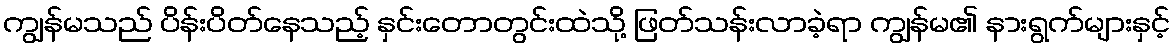
ကျွန်မသည် ပိန်းပိတ်နေသည့် နှင်းတောတွင်းထဲသို့ ဖြတ်သန်းလာခဲ့ရာ ကျွန်မ၏ နားရွက်များနှင့်